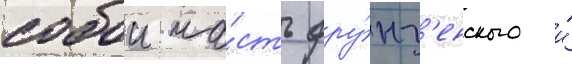
собои ча́сть фру́нз'енского и́